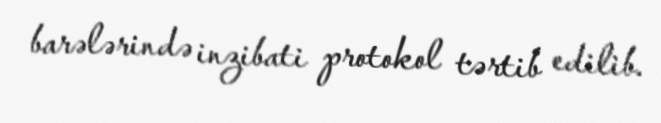
barələrində inzibati protokol tərtib edilib.